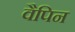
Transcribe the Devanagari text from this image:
वैपिन